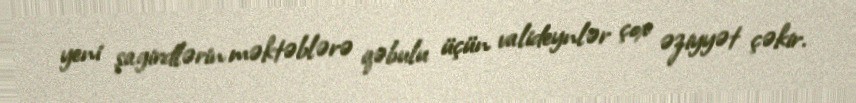
yeni şagirdlərin məktəblərə qəbulu üçün valideynlər çox əziyyət çəkir.